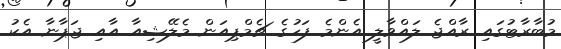
މުބާރާޓުގައި ރާއްޖެ ލައްވާލީ އެންމެ ފަހުގެ ޗެމްޕިއަން މެލޭޝިއާ އާއި ޖަޕާނާ އެކު